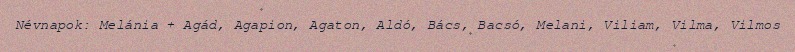
Névnapok: Melánia + Agád, Agapion, Agaton, Aldó, Bács, Bacsó, Melani, Viliam, Vilma, Vilmos